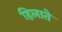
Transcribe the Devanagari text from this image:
हिलाते